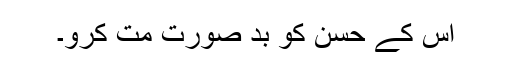
اس کے حُسن کو بد صورت مت کرو۔